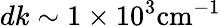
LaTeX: dk\sim 1\times 10^{3}\mathrm{cm}^{-1}